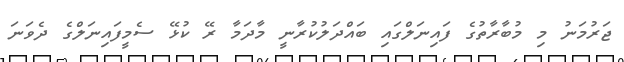
ޖަރުމަނު މި މުބާރާތުގެ ފައިނަލްގައި ބައްދަލުކުރާނީ މާދަމާ ރޭ ކުޅޭ ސެމީފައިނަލްގެ ދެވަނަ